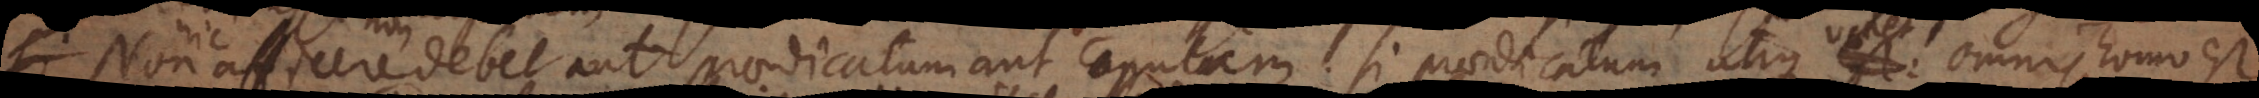
Non afficere debet aut praedicatum aut copulam, si praedicatum, utique est: omnis homo est